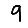
Digit: 9